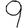
Digit: 9